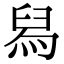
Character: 舄